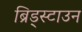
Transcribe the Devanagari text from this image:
ब्रिड्स्टाउन